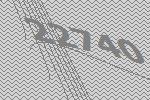
22740